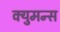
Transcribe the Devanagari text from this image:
क्युमन्स